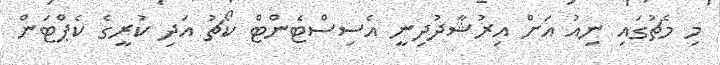
މި މެޗުގައި ނިއު އަށް އިރުޝާދުދިނީ އެސިސްޓެންޓް ކޯޗު އަދި ކުރީގެ ކެޕްޓަން